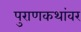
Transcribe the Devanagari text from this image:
पुराणकथांवर